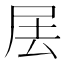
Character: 𡱅